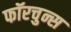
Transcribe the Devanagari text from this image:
फॉरचुन्स